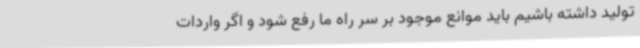
تولید داشته باشیم باید موانع موجود بر سر راه ما رفع شود و اگر واردات